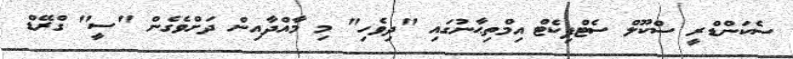
ސެކަންޑްރީ ސްކޫލް ސެޓްފިކެޓް އިމްތިޙާނުގައި "ދިވެހި" މި މާއްދާއިން ދަށްވެގެން "ސީ" ގްރޭޑް